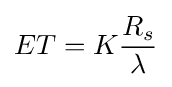
ET=K{\frac {R_{s}}{\lambda }}